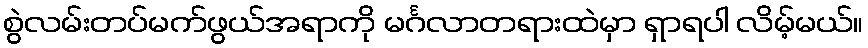
စွဲလမ်းတပ်မက်ဖွယ်အရာကို မင်္ဂလာတရားထဲမှာ ရှာရပါ လိမ့်မယ်။